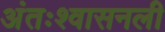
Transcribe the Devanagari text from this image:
अंतःश्वासनली